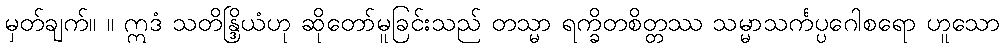
မှတ်ချက်။ ။ ဣဒံ သတိန္ဒြိယံဟု ဆိုတော်မူခြင်းသည် တသ္မာ ရက္ခိတစိတ္တဿ သမ္မာသင်္ကပ္ပဂေါစရော ဟူသော